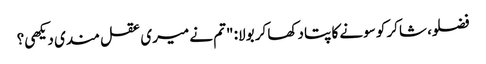
فضلو، شاکر کو سونے کا پتا دکھا کر بولا: "تم نے میری عقل مندی دیکھی؟